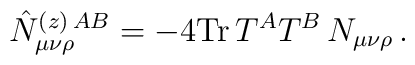
\hat{N}_{\mu\nu\rho}^{(z)\,AB}=-4{\rm Tr}\,T^AT^B\,N_{\mu\nu\rho}\, .